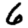
Digit: 6